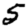
Digit: 5